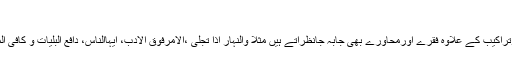
ص۰۸
داستانِ امیرحمزہ میں عربی فارسی کے الفاظ وتراکیب کے علاوہ فقرے اورمحاورے بھی جابہ جانظرآتے ہیں مثلاً والنہار اذا تجلیٰ ،الامرفوق الادب، اَیُّہاالنّاس، دافِعُ البلِیّات و کافی المُہِمّات ،رَضینا بالقَضا،کُن فیکون وغیرہ وغیرہ۔